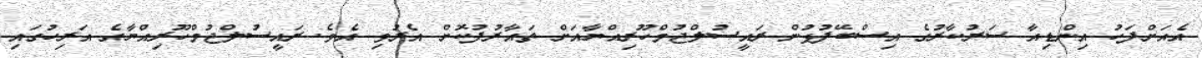
އެއަށްފަހު އިންޑިއާ ސަރުކާރުގެ އިސްބޭފުޅުން ރައީސުލްޖުމްހޫރިއްޔާއަށް ތައާރުފުކޮށް އެރުވި އެވެ. ރައީސުލްޖުމްހޫރިއްޔާގެ އަރިހުގައި